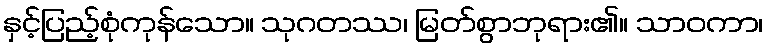
နှင့်ပြည့်စုံကုန်သော။ သုဂတဿ၊ မြတ်စွာဘုရား၏။ သာဝကာ၊